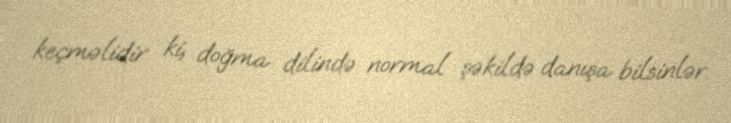
keçməlidir ki, doğma dilində normal şəkildə danışa bilsinlər.